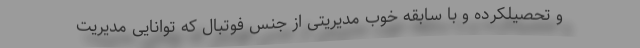
و تحصیلکرده و با سابقه خوب مدیریتی از جنس فوتبال که توانایی مدیریت